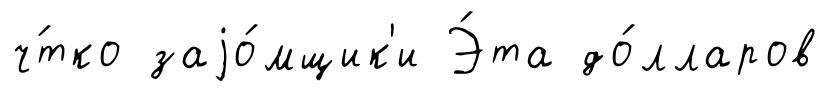
ч́тко заjо́мщик'и Э́та до́лларов